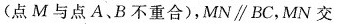
(点M与点A、B不重合)，MN\parallel BC，MN交